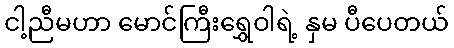
ငါ့ညီမဟာ မောင်ကြီးရွှေဝါရဲ့ နှမ ပီပေတယ်